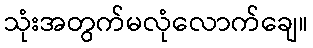
သုံးအတွက်မလုံလောက်ချေ။